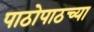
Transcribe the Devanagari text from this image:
पाठोपाठच्या